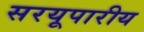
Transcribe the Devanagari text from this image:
सरयूपारीय